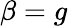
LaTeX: \beta=g